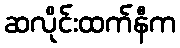
ဆလိုင်းထက်နီက